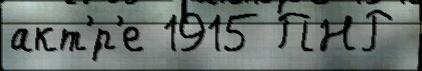
акт'́р'е 1915 ПНР